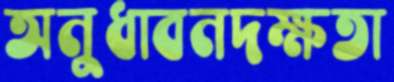
অনুধাবনদক্ষতা